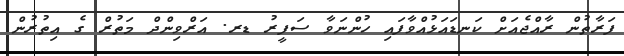
ފަރާތުން ރާއްޖެއަށް ކަނޑައަޅުއްވާފައި ހުންނަވާ ސަފީރު ޑރ. އަރްވިންދް މަތުރް ގެ އިތުރުން